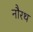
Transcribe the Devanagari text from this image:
नौरथ